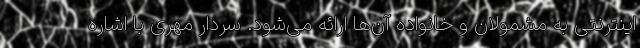
اینترنتی به مشمولان و خانواده آن‌ها ارائه می‌شود. سردار مهری با اشاره